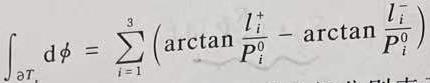
\[\int_{\partial \Gamma} \mathrm{d} \phi=\sum_{i=1}^{3}\left(\arctan \frac{l_{i}^{+}}{P_{i}^{0}}-\arctan \frac{l_{i}^{-}}{P_{i}^{0}}\right)\]